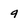
Character: 9